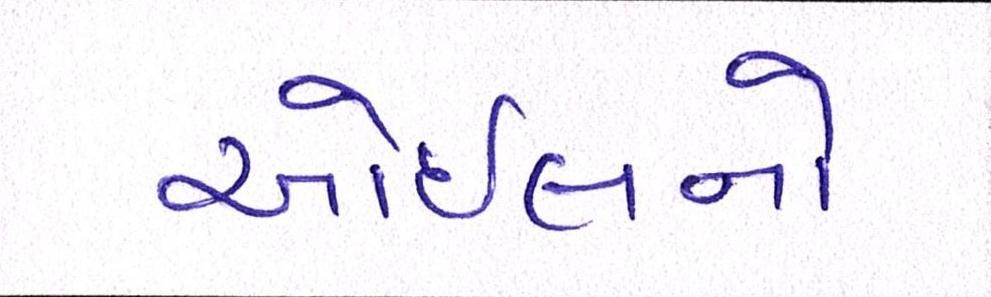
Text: ઓઇલનો